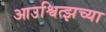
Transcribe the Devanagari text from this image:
आउश्वित्झच्या